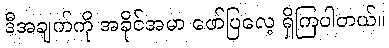
ဒီအချက်ကို အခိုင်အမာ ဖော်ပြလေ့ ရှိကြပါတယ်။